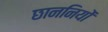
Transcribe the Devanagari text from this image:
छाननियों